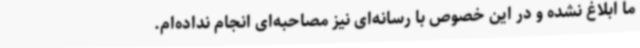
ما ابلاغ نشده و در این خصوص با رسانه‌ای نیز مصاحبه‌ای انجام نداده‌ام.